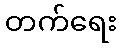
တက်ရေး